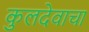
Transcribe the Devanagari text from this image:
कुलदेवाचा